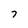
Character: 7